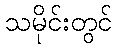
သမိုင်းတွင်